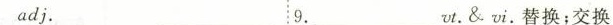
adj. _________9._________v.&.Vi.替换;交换